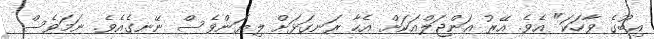
އިބޫގެ ވާހަކަ" އެވެ. އޭރު އަންޖަލްއަކަށް އެހާ ރަނގަޅަށް ލިޔަންވެސް ނޭނގެއެވެ. ނަމަވެސް